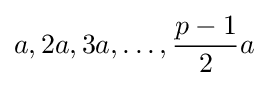
a,2a,3a,\dots ,{\frac {p-1}{2}}a